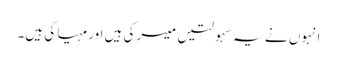
انہوں نے یہ سہولتیں میسر کی ہیں اور مہیا کی ہیں۔